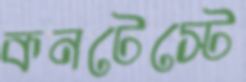
কনটেস্টে